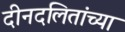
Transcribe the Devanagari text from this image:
दीनदलितांच्या